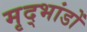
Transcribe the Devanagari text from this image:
मृद्भांडों